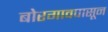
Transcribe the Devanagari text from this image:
बोरगावपासून